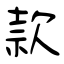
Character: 款